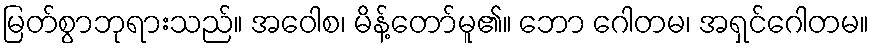
မြတ်စွာဘုရားသည်။ အဝေါစ၊ မိန့်တော်မူ၏။ ဘော ဂေါတမ၊ အရှင်ဂေါတမ။